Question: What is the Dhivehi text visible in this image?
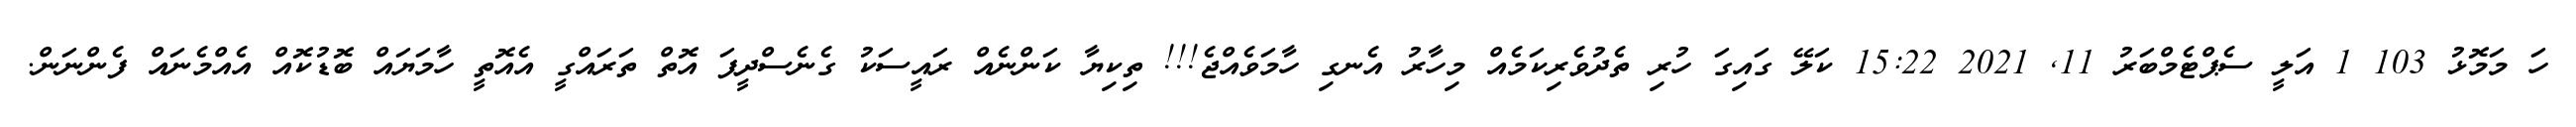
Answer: ހަ މަމޮޅު 103 1 އަލީ ސެޕްޓެމްބަރު 11, 2021 15:22 ކަލޭ ގައިގަ ހުރި ތެދުވެރިކަމެއް މިހާރު އެނގި ހާމަވެއްޖެ!!! ތިކިޔާ ކަންނެއް ރައީސަކު ގެނެސްދީފަ އޮތް ތަރައްގީ އެއޮތީ ހާމަޔައް ބޮޑުކޮއް އެއްމެނައް ފެންނަން.